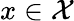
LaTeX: x\in\mathcal{X}